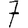
Digit: 7